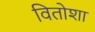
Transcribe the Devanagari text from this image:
वितोशा